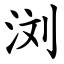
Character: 浏